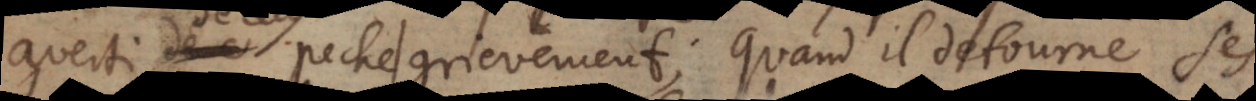
cecy peche grievement; quand il detourne la